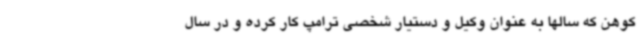
کوهن که سالها به عنوان وکیل و دستیار شخصی ترامپ کار کرده و در سال